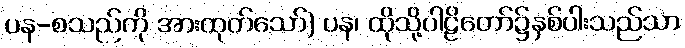
ပန-စသည်ကို အားထုတ်သော်) ပန၊ ထိုသို့ပါဠိတော်၌နှစ်ပါးသည်သာ